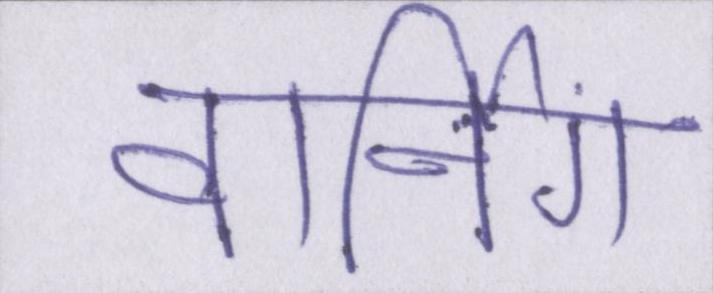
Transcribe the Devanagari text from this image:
वार्निंग